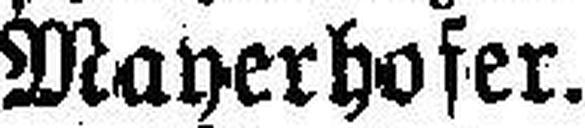
Mayerhofer.